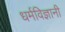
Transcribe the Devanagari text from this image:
धर्मविज्ञानी